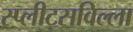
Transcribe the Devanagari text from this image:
स्प्लीट्सविल्ला